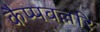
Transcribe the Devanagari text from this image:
कैप्पवल्लरि